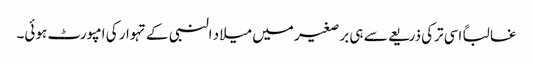
غالباً اسی ترکی ذریعے سے ہی برصغیر میں میلاد النبی کے تہوار کی امپورٹ ہوئی۔